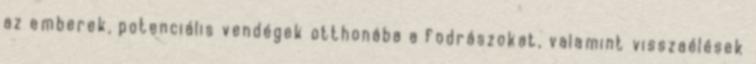
az emberek, potenciális vendégek otthonába a fodrászokat, valamint visszaélések